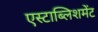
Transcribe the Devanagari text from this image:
एस्टाब्लिशमेंट